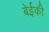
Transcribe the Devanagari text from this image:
बेईकी